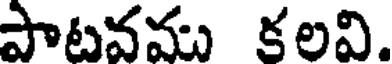
పాటవము కలవి.